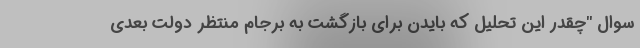
سوال "چقدر این تحلیل که بایدن برای بازگشت به برجام منتظر دولت بعدی